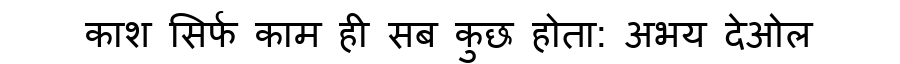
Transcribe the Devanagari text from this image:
काश सिर्फ काम ही सब कुछ होता: अभय देओल